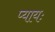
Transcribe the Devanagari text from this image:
प्यायः